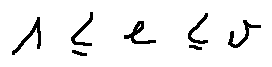
1 \leq e \leq v